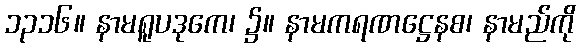
၁၃၁၆။ နာမရူပဒုကေ၊ ၌။ နာမကရဏဋ္ဌေနစ၊ နာမည်ကို